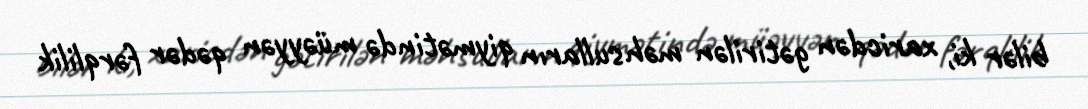
bilər ki, xaricdən gətirilən məhsulların qiymətində müəyyən qədər fərqlilik